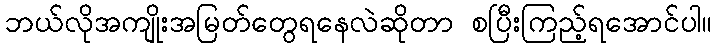
ဘယ်လိုအကျိုးအမြတ်တွေရနေလဲဆိုတာ စပြီးကြည့်ရအောင်ပါ။